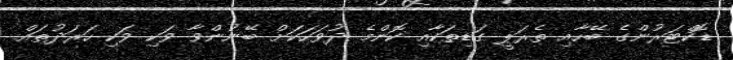
ޑޮކްޓަރުންގެ ބޭހާއި ތެރަޕީ ގަޑިތަކާއި ކޮންމެ ދުވަހަކަށް ބޭނުންވާ ވަކި ވަކި ހަރަދުތައް